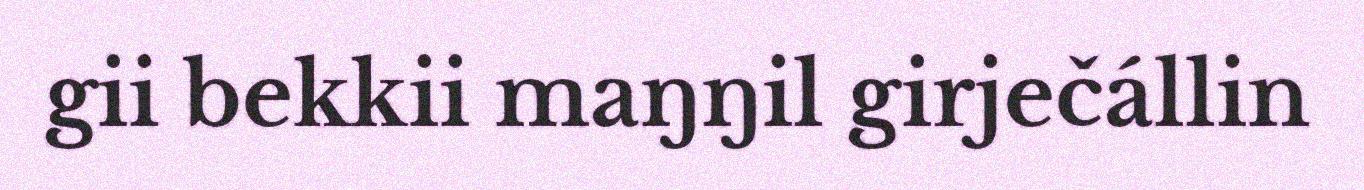
gii bekkii maŋŋil girječállin